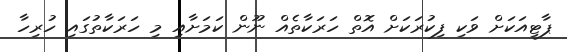
ޕާޓީއަކަށް ވަކި ފިކުރަކަށް އޮތް ހަރަކާތެއް ނޫން ކަމަށާއި މި ހަރަކާތުގައި ހުރިހާ